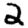
Digit: 2